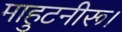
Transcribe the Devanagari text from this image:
माहुटनीरू।